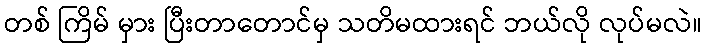
တစ် ကြိမ် မှား ပြီးတာတောင်မှ သတိမထားရင် ဘယ်လို လုပ်မလဲ။